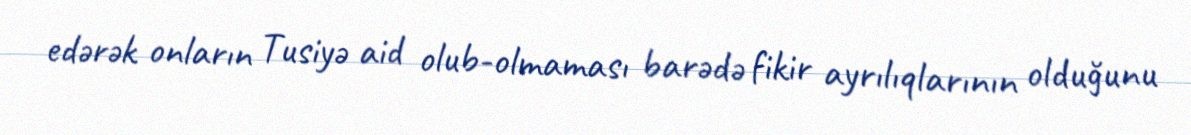
edərək onların Tusiyə aid olub-olmaması barədə fikir ayrılıqlarının olduğunu